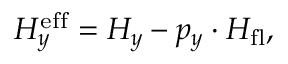
H _ { y } ^ { \mathrm { e f f } } = H _ { y } - p _ { y } \cdot H _ { \mathrm { f l } } ,